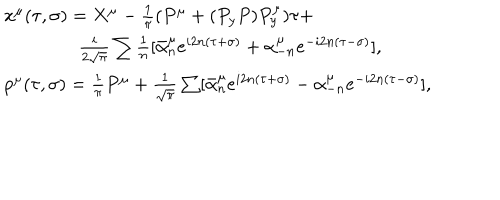
\begin{array} { l } { { \qquad x ^ { \mu } ( \tau , \sigma ) = X ^ { \mu } - \frac 1 { \pi } ( P ^ { \mu } + ( P _ { y } P ) P _ { y } ^ { \mu } ) \tau + } } \\ { { \qquad \qquad \qquad \frac i { 2 \sqrt \pi } \sum \frac 1 n [ \bar { \alpha } _ { n } ^ { \mu } e ^ { i 2 n ( \tau + \sigma ) } + \alpha _ { - n } ^ { \mu } e ^ { - i 2 n ( \tau - \sigma ) } ] , } } \\ { { \qquad p ^ { \mu } ( \tau , \sigma ) = \frac 1 { \pi } P ^ { \mu } + \frac 1 { \sqrt \pi } \sum [ \bar { \alpha } _ { n } ^ { \mu } e ^ { i 2 n ( \tau + \sigma ) } - \alpha _ { - n } ^ { \mu } e ^ { - i 2 n ( \tau - \sigma ) } ] , } } \\ \end{array}